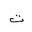
Letter: _ta